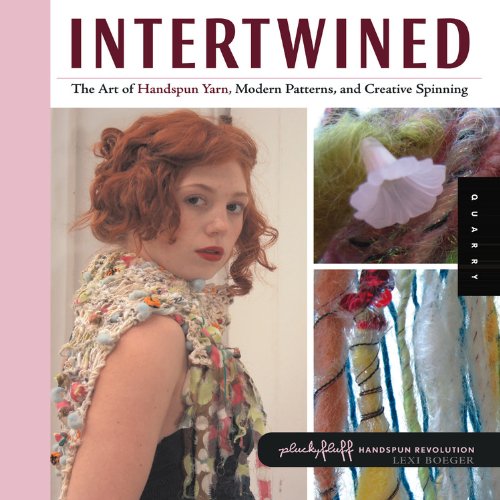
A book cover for Intertwined (Handspun Revolution); Lexi Boeger; Crafts, Hobbies & Home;